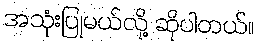
အသုံးပြုမယ်လို့ ဆိုပါတယ်။